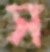
স